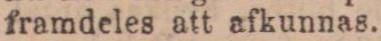
framdeles att afkunnas.